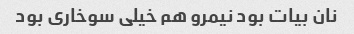
نان بیات بود نیمرو هم خیلی سوخاری بود